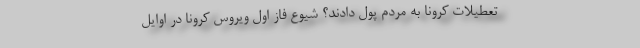
تعطیلات کرونا به مردم پول دادند؟ شیوع فاز اول ویروس کرونا در اوایل